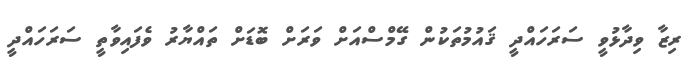
ރިޒާ ވިދާޅުވީ ސަރަހައްދީ ޤައުމުތަކުން ގޭމްސްއަށް ވަރަށް ބޮޑަށް ތައްޔާރު ވެފައިވާތީ ސަރަހައްދީ